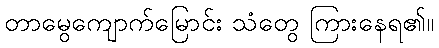
တာမွေကျောက်မြောင်း သံတွေ ကြားနေရ၏။